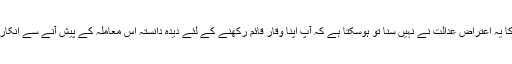
اور اگر آپ کا یہ اعتراض عدالت نے نہیں سنا تو ہوسکتا ہے کہ آپ اپنا وقار قائم رکھنے کے لئے دیدہ دانستہ اس معاملہ کے پیش آنے سے انکار کرتے ہوں۔